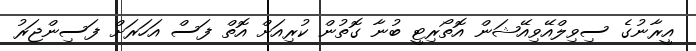
އީރާނުގެ ސިވިލްއޭވިއޭޝަން އޮތޯރިޓީ ބުނާ ގޮތުން ކުރިއަށް އޮތް ފަސް އަހަރަށް ފަސިންޖަރު